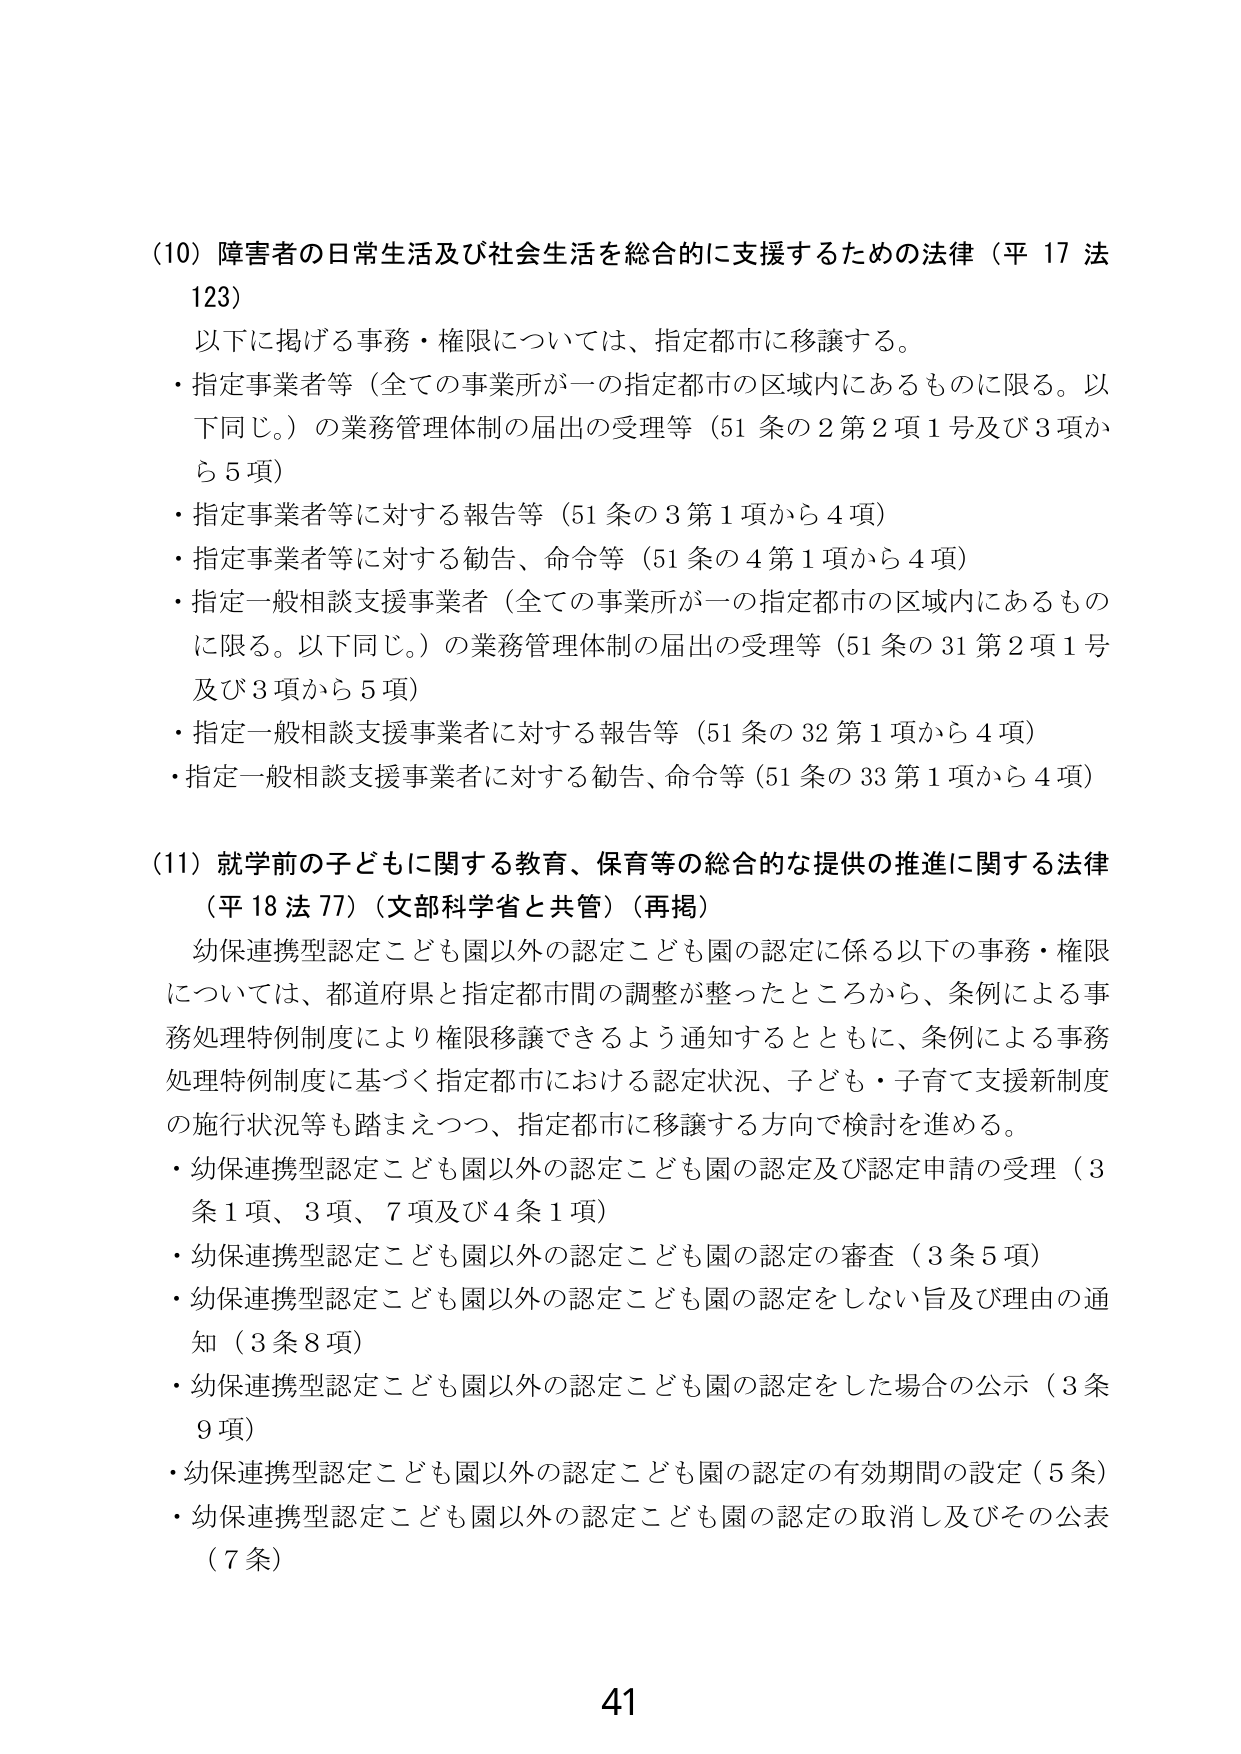
(10) 障害者の日常生活及び社会生活を総合的に支援するための法律（平17法123）
以下に掲げる事務・権限については、指定都市に移譲する。
・指定事業者等（全ての事業所が一の指定都市の区域内にあるものに限る。以下同じ。）の業務管理体制の届出の受理等（51条の2第2項1号及び3項から5項）
・指定事業者等に対する報告等（51条の3第1項から4項）
・指定事業者等に対する勧告、命令等（51条の4第1項から4項）
・指定一般相談支援事業者（全ての事業所が一の指定都市の区域内にあるものに限る。以下同じ。）の業務管理体制の届出の受理等（51条の31第2項1号及び3項から5項）
・指定一般相談支援事業者に対する報告等（51条の32第1項から4項）
・指定一般相談支援事業者に対する勧告、命令等（51条の33第1項から4項）

(11) 就学前の子どもに関する教育、保育等の総合的な提供の推進に関する法律（平18法77）（文部科学省と共管）（再掲）
幼保連携型認定こども園以外の認定こども園の認定に係る以下の事務・権限については、都道府県と指定都市間の調整が整ったところから、条例による事務処理特例制度により権限移譲できるよう通知するとともに、条例による事務処理特例制度に基づく指定都市における認定状況、子ども・子育て支援新制度の施行状況等も踏まえつつ、指定都市に移譲する方向で検討を進める。
・幼保連携型認定こども園以外の認定こども園の認定及び認定申請の受理（3条1項、3項、7項及び4条1項）
・幼保連携型認定こども園以外の認定こども園の認定の審査（3条5項）
・幼保連携型認定こども園以外の認定こども園の認定をしない旨及び理由の通知（3条8項）
・幼保連携型認定こども園以外の認定こども園の認定をした場合の公示（3条9項）
・幼保連携型認定こども園以外の認定こども園の認定の有効期間の設定（5条）
・幼保連携型認定こども園以外の認定こども園の認定の取消し及びその公表（7条）

41